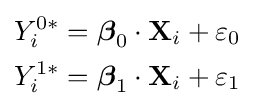
{\begin{aligned}Y_{i}^{0\ast }&={\boldsymbol {\beta }}_{0}\cdot \mathbf {X} _{i}+\varepsilon _{0}\,\\Y_{i}^{1\ast }&={\boldsymbol {\beta }}_{1}\cdot \mathbf {X} _{i}+\varepsilon _{1}\,\end{aligned}}